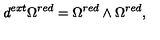
d ^ { e x t } \Omega ^ { r e d } = \Omega ^ { r e d } \wedge \Omega ^ { r e d } ,